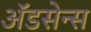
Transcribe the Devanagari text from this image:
ॲडसेन्स